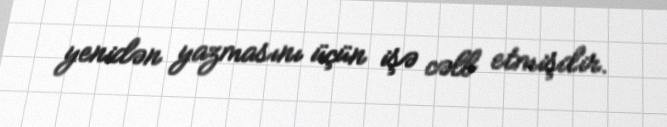
yenidən yazmasını üçün işə cəlb etmişdir.